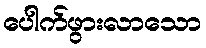
ပေါက်ဖွားလာသော